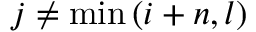
j \ne \operatorname* { m i n } \left( i + n , l \right)